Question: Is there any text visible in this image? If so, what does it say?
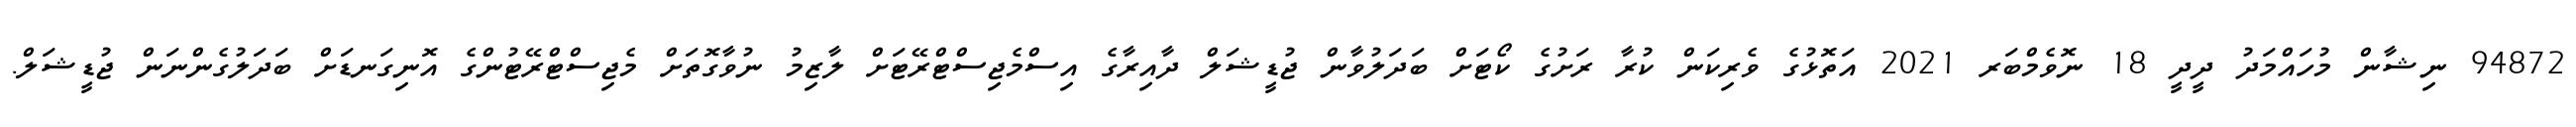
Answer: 94872 ނިޝާން މުހައްމަދު ދީދީ 18 ނޮވެމްބަރ 2021 އަތޮޅުގެ ވެރިކަން ކުރާ ރަށުގެ ކޯޓަށް ބަދަލުވާން ޖުޑީޝަލް ދާއިރާގެ އިސްމެޖިސްޓްރޭޓަށް ލާޒިމު ނުވާގޮތަށް މެޖިސްޓްރޭޓުންގެ އޮނިގަނޑަށް ބަދަލުގެންނަން ޖުޑީޝަލް.